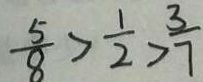
\frac { 5 } { 8 } > \frac { 1 } { 2 } > \frac { 3 } { 7 }